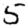
Digit: 5